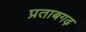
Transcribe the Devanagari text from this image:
प्रताबगढ़